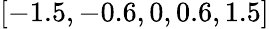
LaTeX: \left[-1.5,-0.6,0,0.6,1.5\right]